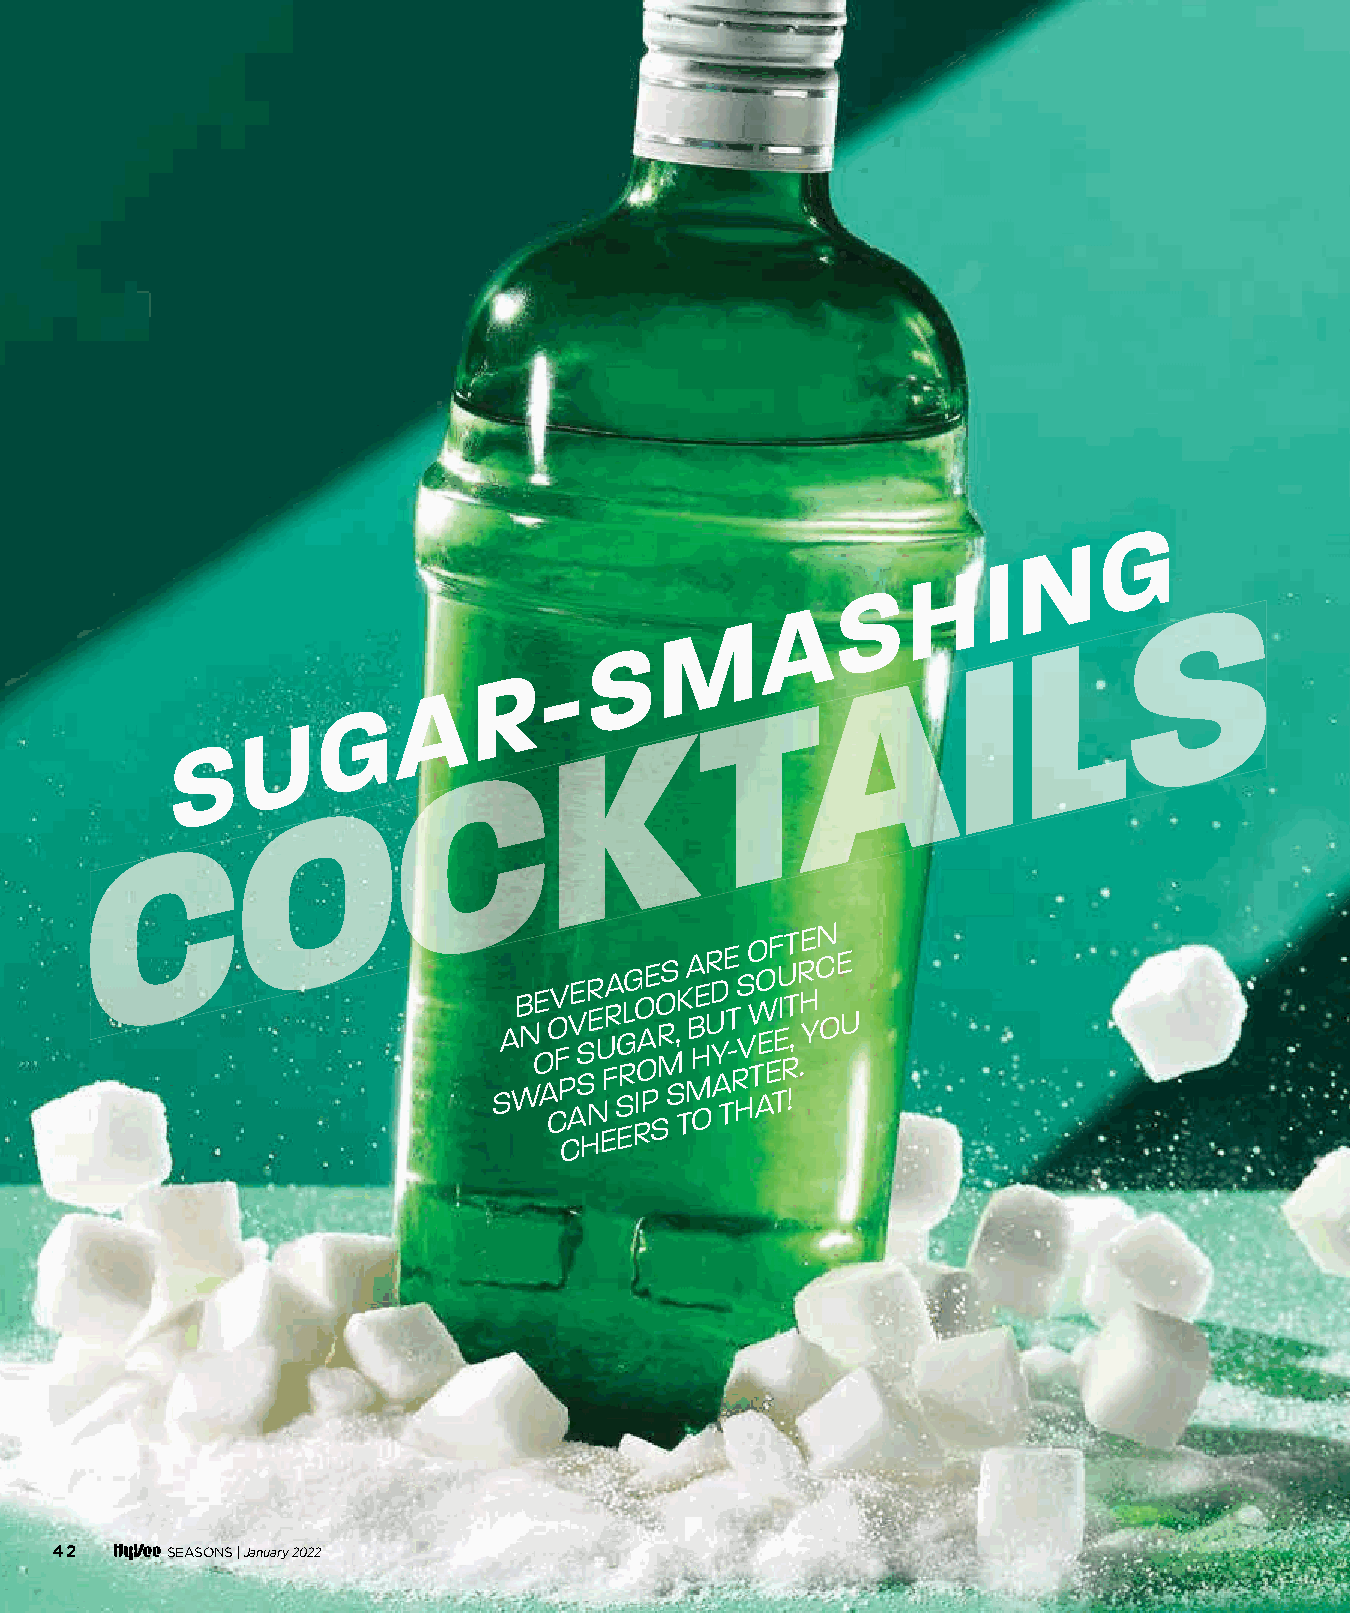
G
 N
 I
 H
 S                  SSS
 A
 M                      LLL
 S                       III
 -                AAA
 R
 A                   TTT
 G
 U                   KKK
 S
 CCC
 OOO
 CCC
 SA
 WB
 N
 OE
 A
 COV
 F
 P
 CAVE
 SS
 HR
 NE U
 EFRA
 SG
 ERLG RO
 IOA
 PE SO
 R M
 S
 S
 ,K
 T
 MA
 B H
 OER UD
 Y
 A
 TE
 T -
 R
 HS
 V
 O
 W
 T
 AO
 E
 EF
 TEU I
 RTT
 !,
 R H
 .E
 Y
 CN
 O
 E
 U
 42      SEASONS |January 2022
 004422--004455 WWSS LLooww SSuuggaarr CCoocckkttaaiillss__1111..2299..iinndddd 4422 1111//2299//2211 1100::2244 AAMM